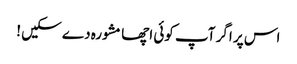
اس پر اگر آپ کوئی اچھا مشورہ دے سکیں !